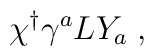
\chi^{\dagger} \gamma^a L Y_a \; ,